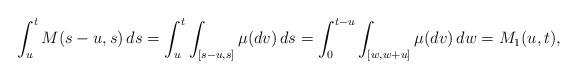
LaTeX: \begin{align*}\int_u^t M(s-u,s)\,ds &= \int_u^t \int_{[s-u,s]} \mu(dv) \,ds=\int_0^{t-u} \int_{[w,w+u]} \mu(dv) \,dw =M_1(u,t), \end{align*}